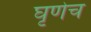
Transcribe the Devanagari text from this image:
घृणेच